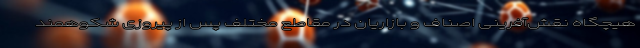
هیچگاه نقش‌آفرینی اصناف و بازاریان در مقاطع مختلف پس از پیروزی شکوهمند